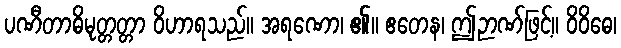
ပဏီတာဓိမုတ္တတ္တာ ဝိဟာရသည်။ အရဏော၊ ၏။ ဧတေန၊ ဤဉာဏ်ဖြင့်။ ဝိဝိဓေ၊